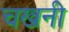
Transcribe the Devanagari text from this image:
चखनी